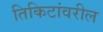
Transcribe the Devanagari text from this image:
तिकिटांवरील